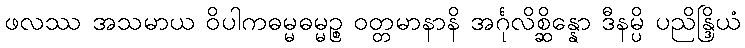
ဖလဿ အသမာယ ဝိပါကဓမ္မဓမ္မဉ္စ ဝတ္တမာနာနိ အင်္ဂုလိစ္ဆိန္နော ဒီနမ္ပိ ပညိန္ဒြိယံ